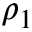
\rho _ { 1 }